Vaccination in Bombay 1856-1862 - 1856-1862
Year: 1856
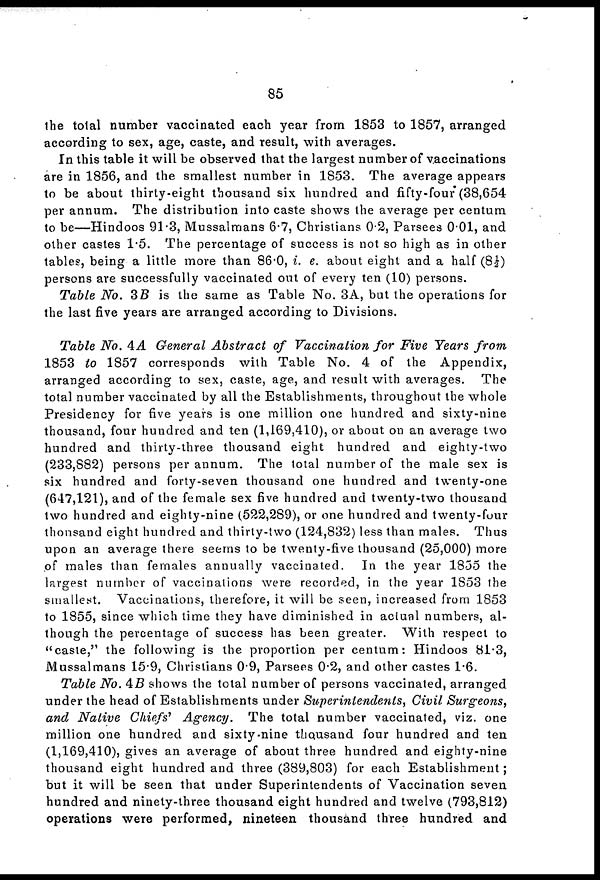
85
the total number vaccinated each year from 1853 to 1857, arranged
according to sex, age, caste, and result, with averages.
In this table it will be observed that the largest number of vaccinations
are in 1856, and the smallest number in 1853. The average appears
to be about thirty-eight thousand six hundred and fifty-four (38,654
per annum. The distribution into caste shows the average per centum
to be—Hindoos 91.3, Mussalmans 6.7, Christians 0.2, Parsees 0.01, and
other castes 1.5. The percentage of success is not so high as in other
tables, being a little more than 86.0, i. e. about eight and a half (8½)
persons are successfully vaccinated out of every ten (10) persons.
Table No. 3B is the same as Table No. 3A, but the operations for
the last five years are arranged according to Divisions.
Table No. 4A General Abstract of Vaccination for Five Years from
1853 to 1857 corresponds with Table No. 4 of the Appendix,
arranged according to sex, caste, age, and result with averages. The
total number vaccinated by all the Establishments, throughout the whole
Presidency for five years is one million one hundred and sixty-nine
thousand, four hundred and ten (1,169,410), or about on an average two
hundred and thirty-three thousand eight hundred and eighty-two
(233,882) persons per annum. The total number of the male sex is
six hundred and forty-seven thousand one hundred and twenty-one
(647,121), and of the female sex five hundred and twenty-two thousand
two hundred and eighty-nine (522,289), or one hundred and twenty-four
thousand eight hundred and thirty-two (124,832) less than males. Thus
upon an average there seems to be twenty-five thousand (25,000) more
of males than females annually vaccinated. In the year 1855 the
largest number of vaccinations were recorded, in the year 1853 the
smallest. Vaccinations, therefore, it will be seen, increased from 1853
to 1855, since which time they have diminished in actual numbers, al-
though the percentage of success has been greater. With respect to
"caste," the following is the proportion per centum: Hindoos 81.3,
Mussalmans 15.9, Christians 0.9, Parsees 0.2, and other castes 1.6.
Table No. 4B shows the total number of persons vaccinated, arranged
under the head of Establishments under Superintendents,
Civil Surgeons,
and Native Chiefs' Agency.
The total number vaccinated, viz. one
million one hundred and sixty-nine thousand four hundred and ten
(1,169,410), gives an average of about three hundred and eighty-nine
thousand eight hundred and three (389,803) for each Establishment;
but it will be seen that under Superintendents of Vaccination seven
hundred and ninety-three thousand eight hundred and twelve (793,812)
operations were performed, nineteen thousand three hundred and